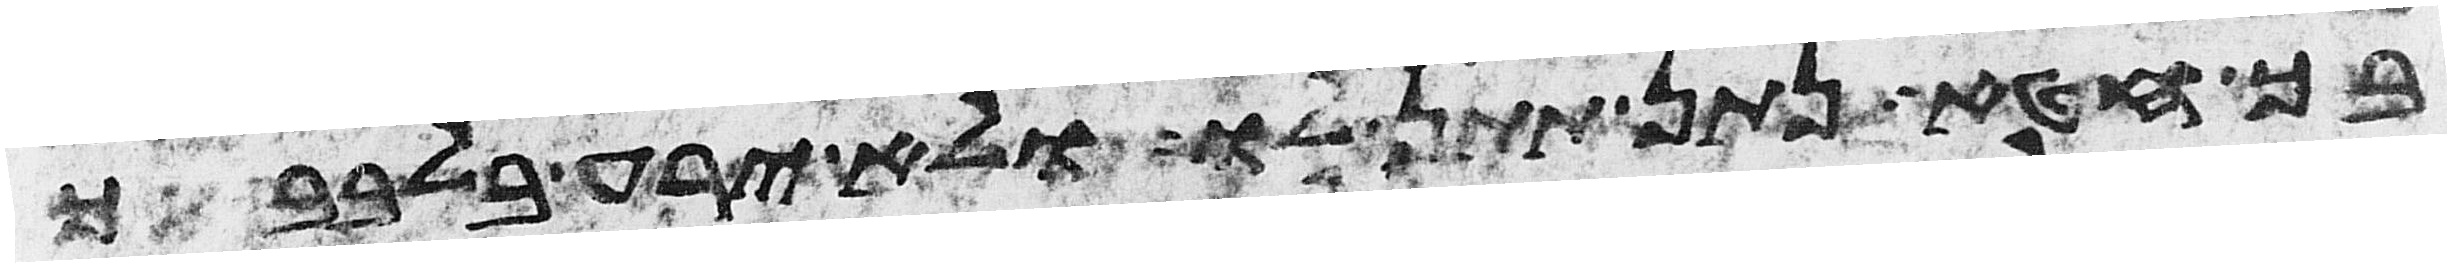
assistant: בך חטא נתן תתן לו ולא ירע בלבבך